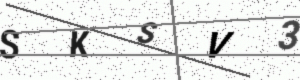
Text: SKSV3